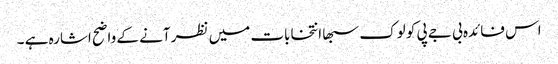
اس فائدہ بی جے پی کو لوک سبھا انتخابات میں نظر آنے کے واضح اشارہ ہے ۔